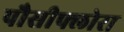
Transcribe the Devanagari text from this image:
पौसीफ्लोरा